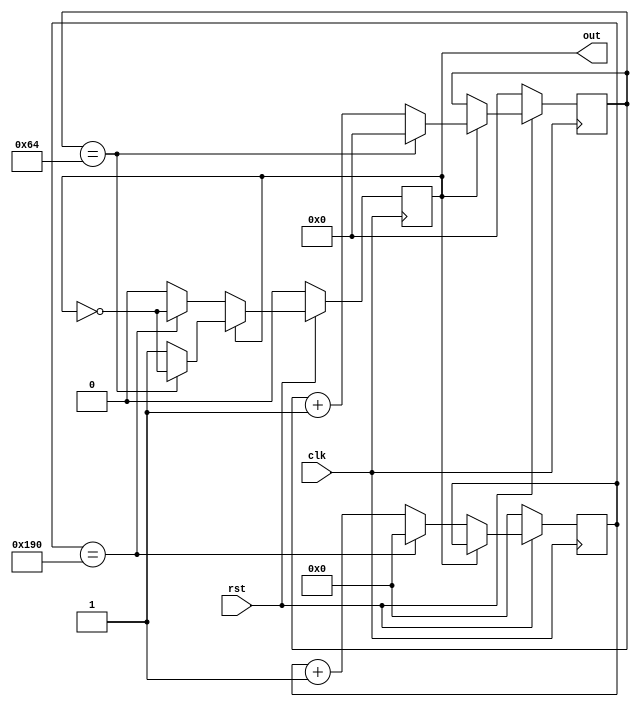
module div_ex(rst,clk,out);
  input rst, clk;
  reg [6:0] top;
  reg [8:0] down;
  output out;
  reg out;

  always @(posedge clk)
    begin
      if(!rst)
        begin
          top<=0;
          down<=0;
          out<=0;
        end
      else
        begin
          if (out==1)
            begin
              if (top==100)
                begin
                  top<=0;
                  out<=~out;
                end
              else
                begin
                    top<=top+1;
                    out<=out;
                end
            end
          else
            begin
              if (down==400)
                begin
                  down<=0;
                  out<=~out;
                end
              else
                begin
                    down<=down+1;
                    out<=out;
                end
            end
        end
    end
  endmodule